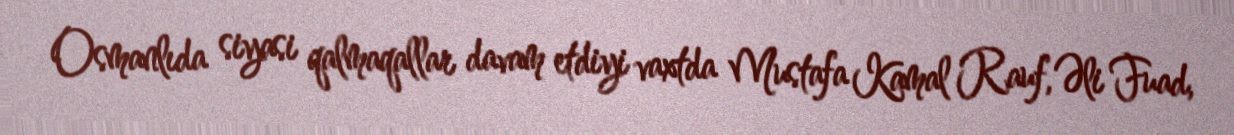
Osmanlıda siyasi qalmaqallar davam etdiyi vaxtda Mustafa Kamal Rauf, Əli Fuad,